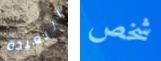
البعيدة شخص